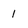
Character: I